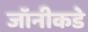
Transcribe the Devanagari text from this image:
जॉनीकडे